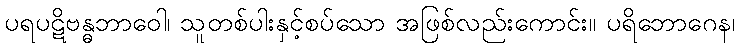
ပရပဋိဗန္ဓဘာဝေါ၊ သူတစ်ပါးနှင့်စပ်သော အဖြစ်လည်းကောင်း။ ပရိဘောဂေန၊